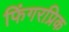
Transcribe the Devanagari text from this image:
फिंगरप्रिक